Report on the working of the Ranchi Indian Mental Hospital, Kanke, in Bihar and Orissa - 1930-1940
Year: 1930
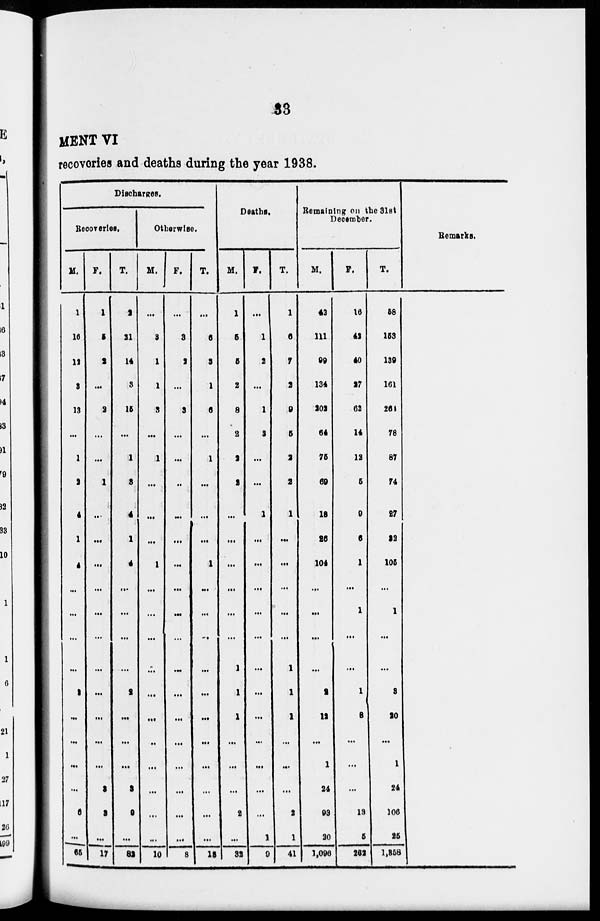
33
MENT VI
recoveries and deaths during the year 1938.
Discharges.
Recoveries.
M.
1
16
12
8
13
...
1
2
4
1
4
...
...
...
...
2
...
...
...
...
6
...
65
F.
1
5
2
...
2
...
...
1
...
...
...
...
...
...
...
...
...
...
...
3
3
...
17
T.
2
21
14
8
15
...
1
3
4
1
4
...
...
...
...
2
...
...
...
3
9
...
82
otherwise.
M.
...
3
1
1
3
...
1
...
...
...
1
...
...
...
.:.
...
...
...
...
...
...
...
10
F.
...
3
2
...
3
...
...
...
...
...
...
...
...
...
...
...
...
...
...
...
...
...
8
T.
...
6
3
1
6
...
1
...
...
...
1
...
...
...
...
...
...
...
...
...
...
...
18
Deaths.
M.
1
5
5
2
8
2
2
2
...
...
...
...
...
...
1
1
1
...
...
...
2
...
32
F.
...
1
2
...
1
3
...
...
1
...
...
...
...
...
...
...
...
...
...
...
...
1
9
T.
1
6
7
2
9
5
2
2
1
...
...
...
...
...
1
1
1
...
...
...
2
1
41
Remaining on the 31st
December.
M.
42
111
99
134
202
64
75
69
18
26
104
...
...
...
...
2
12
...
1
24
93
20
1,096
F.
16
42
40
27
62
14
12
5
9
6
1
...
1
...
...
1
8
...
...
...
13
5
262
T.
58
153
139
161
264
78
87
74
27
32
105
...
1
...
...
3
20
...
1
24
106
25
1,358
Remarks.